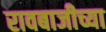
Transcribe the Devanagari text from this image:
रावबाजीच्या